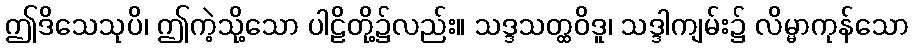
ဤဒိသေသုပိ၊ ဤကဲ့သို့သော ပါဠိတို့၌လည်း။ သဒ္ဒသတ္ထဝိဒူ၊ သဒ္ဒါကျမ်း၌ လိမ္မာကုန်သော